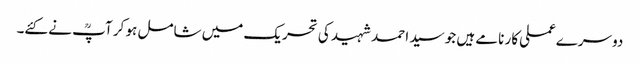
دوسرےعملی کار نامے ہیں جو سید احمد شہید کی تحریک میں شامل ہو کر آپؒ نے کئے۔